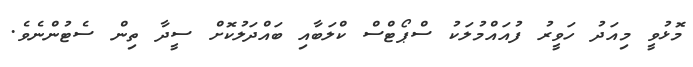
މޮޅުވީ މިއަދު ހަވީރު ފުއައްމުލަކު ސްޕޯޓްސް ކްލަބާއި ބައްދަލުކޮށް ސީދާ ތިން ސެޓުންނެވެ.